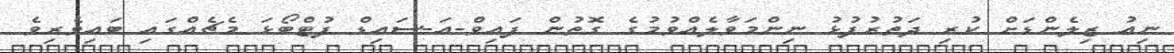
ނިއު ޒިލެންޑަށް ކުރި ދަތުރުފުޅު ނިންމަވާލެއްވުމުގެ ގޮތުން ފައިވް-އަ-ސައިޑް ފުޓްބޯޅަ މެޗެއްގައި ބައިވެރިވެ